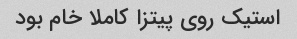
استیک روی پیتزا کاملا خام بود